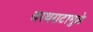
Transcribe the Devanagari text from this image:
थरथराटामुळे